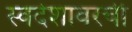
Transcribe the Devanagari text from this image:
स्वदेशावरची